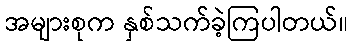
အများစုက နှစ်သက်ခဲ့ကြပါတယ်။